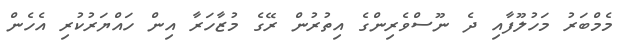
މެމްބަރު މަހުލޫފާއި ދެ ނޫސްވެރިންގެ އިތުރުން ރޭގެ މުޒާހަރާ އިން ހައްޔަރުކުރި އެހެން